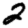
Digit: 2